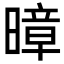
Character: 暲